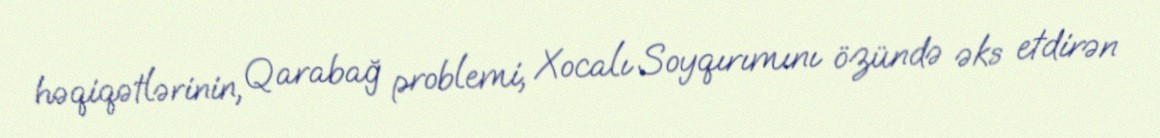
həqiqətlərinin, Qarabağ problemi, Xocalı Soyqırımını özündə əks etdirən